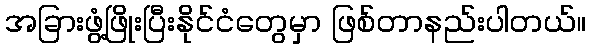
အခြားဖွံ့ဖြိုးပြီးနိုင်ငံတွေမှာ ဖြစ်တာနည်းပါတယ်။